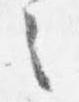
之